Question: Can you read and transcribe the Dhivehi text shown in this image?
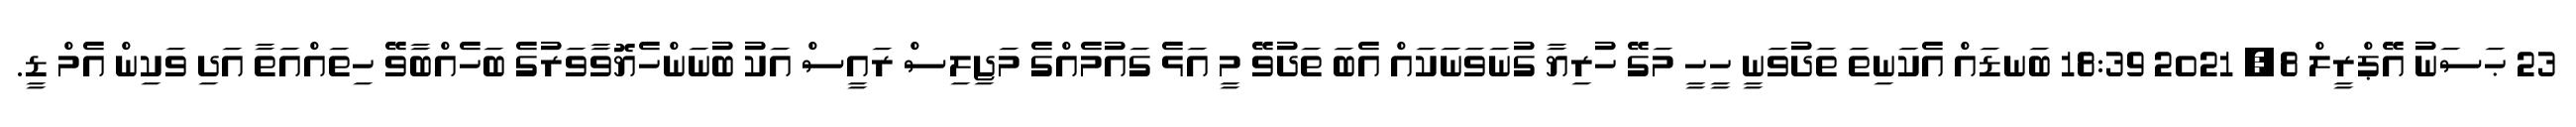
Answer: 23 ޙަސަނު އޭޕްރީލް 8, 2021 18:39 ބަނޑައް އެކަނިތަ ތަދުވަނީ ހީހީ މަގޭ ހުރިޔާ ގުނަވަނަކައް އެބަ ތަދުވޭ މީ އަޅެ ގައުމެއްގެ މަޖިލިސް ރައީސް އަކު ބުނަންހެޔޮވާވަރުގެ ބަހެއްބާވޭ ހިތައްއަތާ އަދި ވަކިން އެމް ޑީ.